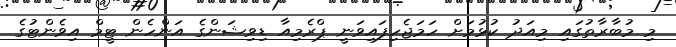
މި މުބާރާތުގައި މިއަދު ކުޅުމަށް ހަމަޖެހިފައިވަނީ ޕްރެމިއާ ޑިވިޝަންގެ އަންހެން ޓީމް އިވެންޓުގެ